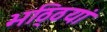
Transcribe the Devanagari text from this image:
भठ्ठियां